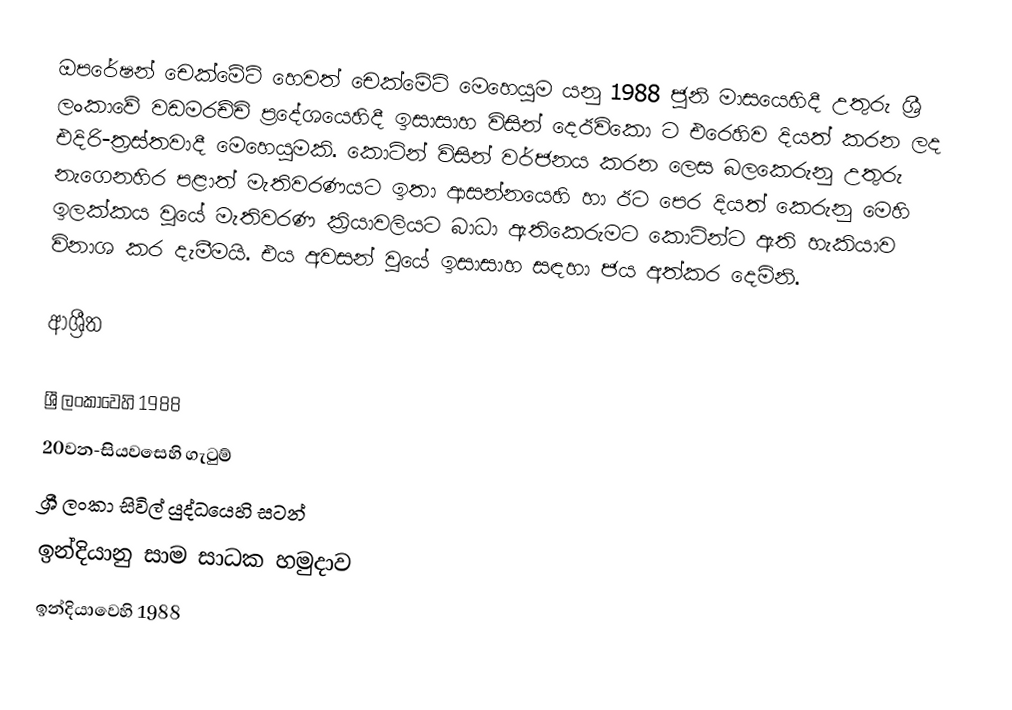
ඔපරේෂන් චෙක්මේට් හෙවත් චෙක්මේට් මෙහෙයුම  යනු 1988 ජූනි මාසයෙහිදී උතුරු ශ්‍රී ලංකාවේ වඩමරච්චි ප්‍රදේශයෙහිදී ඉසාසාහ විසින්  දෙඊවිකො ට එරෙහිව දියත් කරන ලද එදිරි-ත්‍රස්තවාදී මෙහෙයුමකි. කොටින් විසින් වර්ජනය කරන ලෙස බලකෙරුනු උතුරු නැගෙනහිර පළාත් මැතිවරණයට ඉතා ආසන්නයෙහි හා ඊට පෙර දියත් කෙරුනු මෙහි ඉලක්කය වූයේ  මැතිවරණ ක්‍රියාවලියට බාධා ඇතිකෙරුමට කොටින්ට ඇති හැකියාව විනාශ කර දැමීමයි. එය අවසන් වූයේ ඉසාසාහ සඳහා ජය අත්කර දෙමිනි.

ආශ්‍රීත

ශ්‍රී ලංකාවෙහි 1988
20වන-සියවසෙහි ගැටුම්
ශ්‍රී ලංකා සිවිල් යුද්ධයෙහි සටන්
ඉන්දියානු සාම සාධක හමුදාව
 ඉන්දියාවෙහි 1988